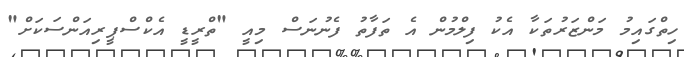
ހިތްގައިމު މަންޒަރުތަކާ އެކު ފިލްމުން އެ ތަފާތު ފެނުނަސް މިއީ "ތްރީޑީ އެކްސްޕީރިއަންސަކަށް"